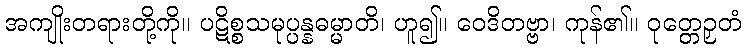
အကျိုးတရားတို့ကို။ ပဋိစ္စသမုပ္ပန္နဓမ္မာတိ၊ ဟူ၍။ ဝေဒိတဗ္ဗာ၊ ကုန်၏။ ဝုတ္တေဉှတံ